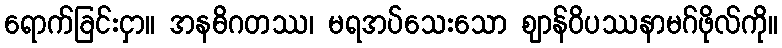
ရောက်ခြင်းငှာ။ အနဓိဂတဿ၊ မရအပ်သေးသော ဈာန်ဝိပဿနာမဂ်ဖိုလ်ကို။